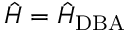
\ensuremath { \hat { H } } = \ensuremath { \hat { H } } _ { \mathrm { D B A } }